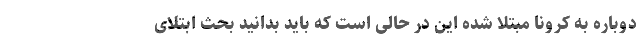
دوباره به کرونا مبتلا شده این در حالی است که باید بدانید بحث ابتلای